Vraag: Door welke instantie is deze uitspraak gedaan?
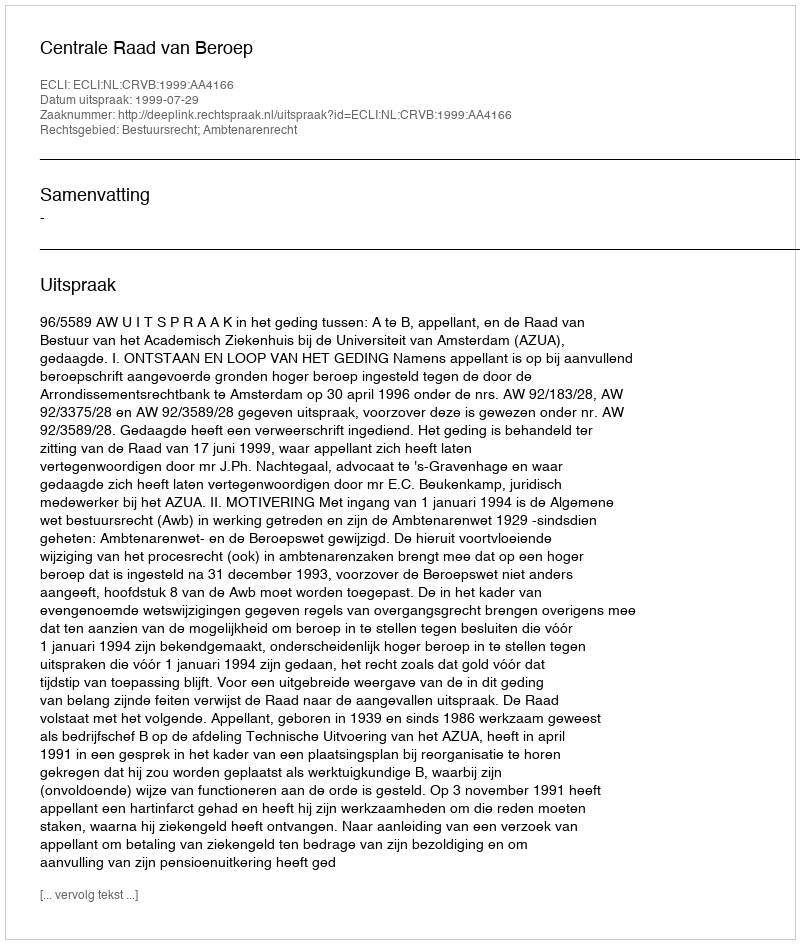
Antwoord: Centrale Raad van Beroep